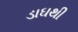
ડાઘથી